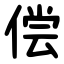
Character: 偿